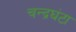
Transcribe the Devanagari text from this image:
चन्द्रघंटा